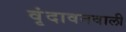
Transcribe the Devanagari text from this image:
वृंदावनवाली